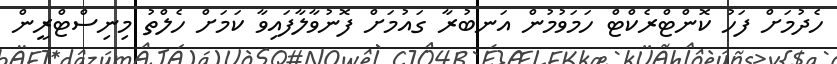
ހެދުމަށް ފަހު ކޮންޓްރެކްޓް ހަމަވުމުން އަނބުރާ ގައުމަށް ފޮނުވާލާފައިވާ ކަމަށް ހެލްތު މިނިސްޓްރީން